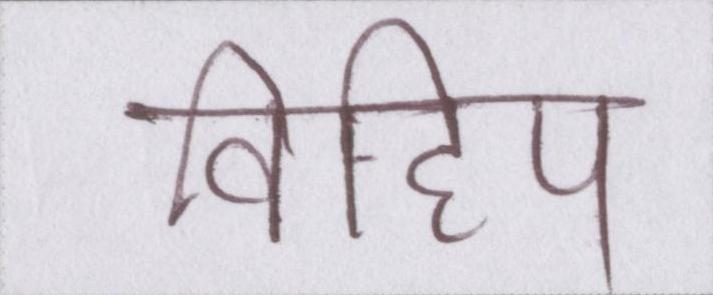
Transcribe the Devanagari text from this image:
विहिप